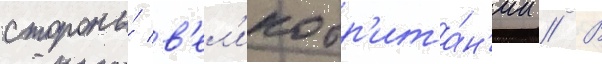
стороны́ в'ел'икобр'ита́н'ии // В